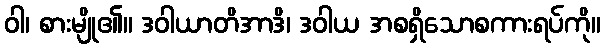
ဝါ၊ စားမျို၏။ ဒဝါယာတိအာဒိ၊ ဒဝါယ အစရှိသောစကားရပ်ကို။